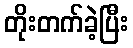
တိုးတက်ခဲ့ပြီး